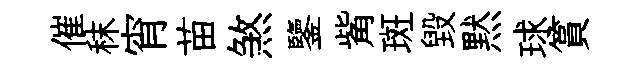
催秣宵苗煞鑒觜斑毀黙球篔